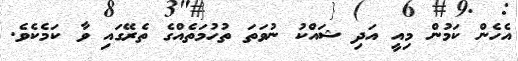
އެހެން ކަމުން މިއީ އަދި ޝައްކު ނުވަތަ ތުހުމަތެއްގެ ތެރޭގައި ވާ ކަމެކެވެ.